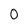
Character: 0